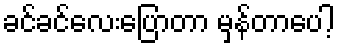
ခင်ခင်လေးပြောတာ မှန်တာပေါ့